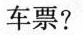
车票?